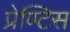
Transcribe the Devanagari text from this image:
प्रेण्टिस